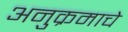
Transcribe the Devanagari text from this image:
अनुक्रमाचे